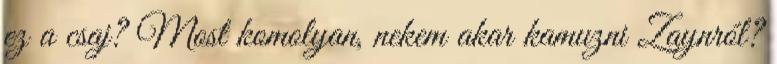
ez a csaj? Most komolyan, nekem akar kamuzni Zaynról?